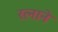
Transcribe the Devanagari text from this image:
रत्नाने